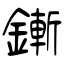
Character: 鏩